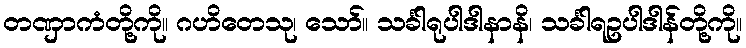
တဏှာကံတို့ကို။ ဂဟိတေသု၊ သော်။ သင်္ခါရုပါဒါနာနိ၊ သင်္ခါရဥပါဒါန်တို့ကို။